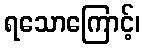
ရသောကြောင့်၊